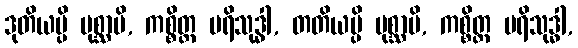
ဒုတိယမ္ပိ ပုစ္ဆာမိ, ကစ္စိတ္ထ ပရိသုဒ္ဓါ, တတိယမ္ပိ ပုစ္ဆာမိ, ကစ္စိတ္ထ ပရိသုဒ္ဓါ,